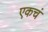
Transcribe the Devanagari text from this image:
एकचं